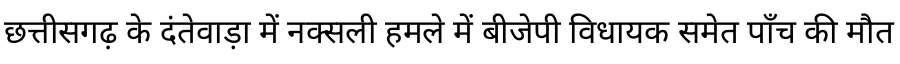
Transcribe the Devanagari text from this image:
छत्तीसगढ़ के दंतेवाड़ा में नक्सली हमले में बीजेपी विधायक समेत पाँच की मौत